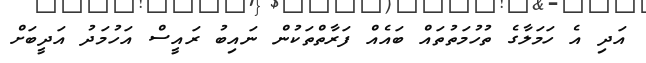
އަދި އެ ހަަމަލާގެ ތުުހުމަތުތައް ބައެއް ފަރާތްތަކުން ނައިބު ރައީސް އަހުމަދު އަދީބަށް